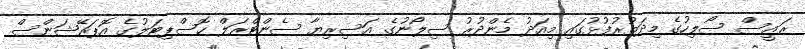
ރައީސް ސޯލިހުގެ މިދަތުރުފުޅުގައި މިއަދު މެންދުރު ސިލޯނުގެ އަސިރިޔާ ސެންޓްރަލް ހޮސްޕިޓަލުގެ އޮޕަރޭޝަންސް